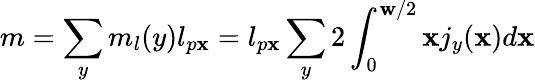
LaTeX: m=\sum_{y}m_{l}(y)l_{p\mathbf{x}}=l_{p\mathbf{x}}\sum_{y}2\int_{0}^{\mathbf{w}/2}\mathbf{x}j_{y}(\mathbf{x})d\mathbf{x}